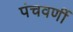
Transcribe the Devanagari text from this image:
पंचवर्णी